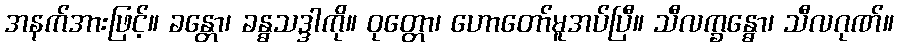
အနက်အားဖြင့်။ ခန္တော၊ ခန္ဓသဒ္ဒါကို။ ဝုတ္တော၊ ဟောတော်မူအပ်ပြီ။ သီလက္ခန္ဓော၊ သီလဂုဏ်။